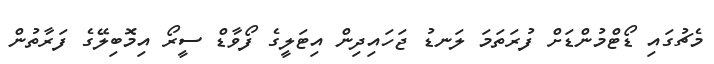
މެޗުގައި ޑޯޓްމުންޑަށް ފުރަތަމަ ލަނޑު ޖަހައިދިން އިޓަލީގެ ފޯވާޑް ސީރޯ އިމޮބިލޭގެ ފަރާތުން